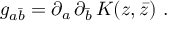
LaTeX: g _ { a \bar { b } } = \partial _ { a } \, \partial _ { \bar { b } } \, K ( z , \bar { z } ) \ .